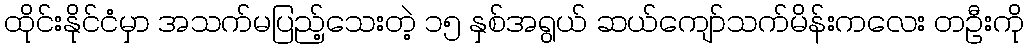
ထိုင်းနိုင်ငံမှာ အသက်မပြည့်သေးတဲ့ ၁၅ နှစ်အရွယ် ဆယ်ကျော်သက်မိန်းကလေး တဦးကို